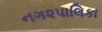
નગ૨પાલિકા